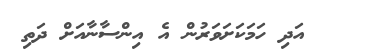
އަދި ހަމަކަށަވަރުން އެ އިންސާނާއަށް ދަތި